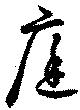
庭